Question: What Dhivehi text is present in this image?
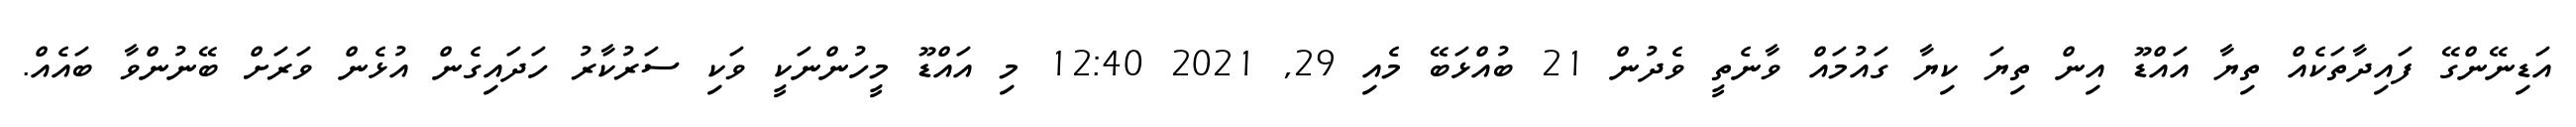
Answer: އަޑިނޭންގޭ ފައިދާތަކެއް ތިޔާ އައްޑޫ އިން ތިޔަ ކިޔާ ގައުމައް ވާނެތީ ވެދުން 21 ބުއްޅަބޭ މެއި 29, 2021 12:40 މި އައްޑޫ މީހުންނަކީ ވަކި ސަރުކާރު ހަދައިގެން އުޅެން ވަރަށް ބޭނުންވާ ބައެއް.